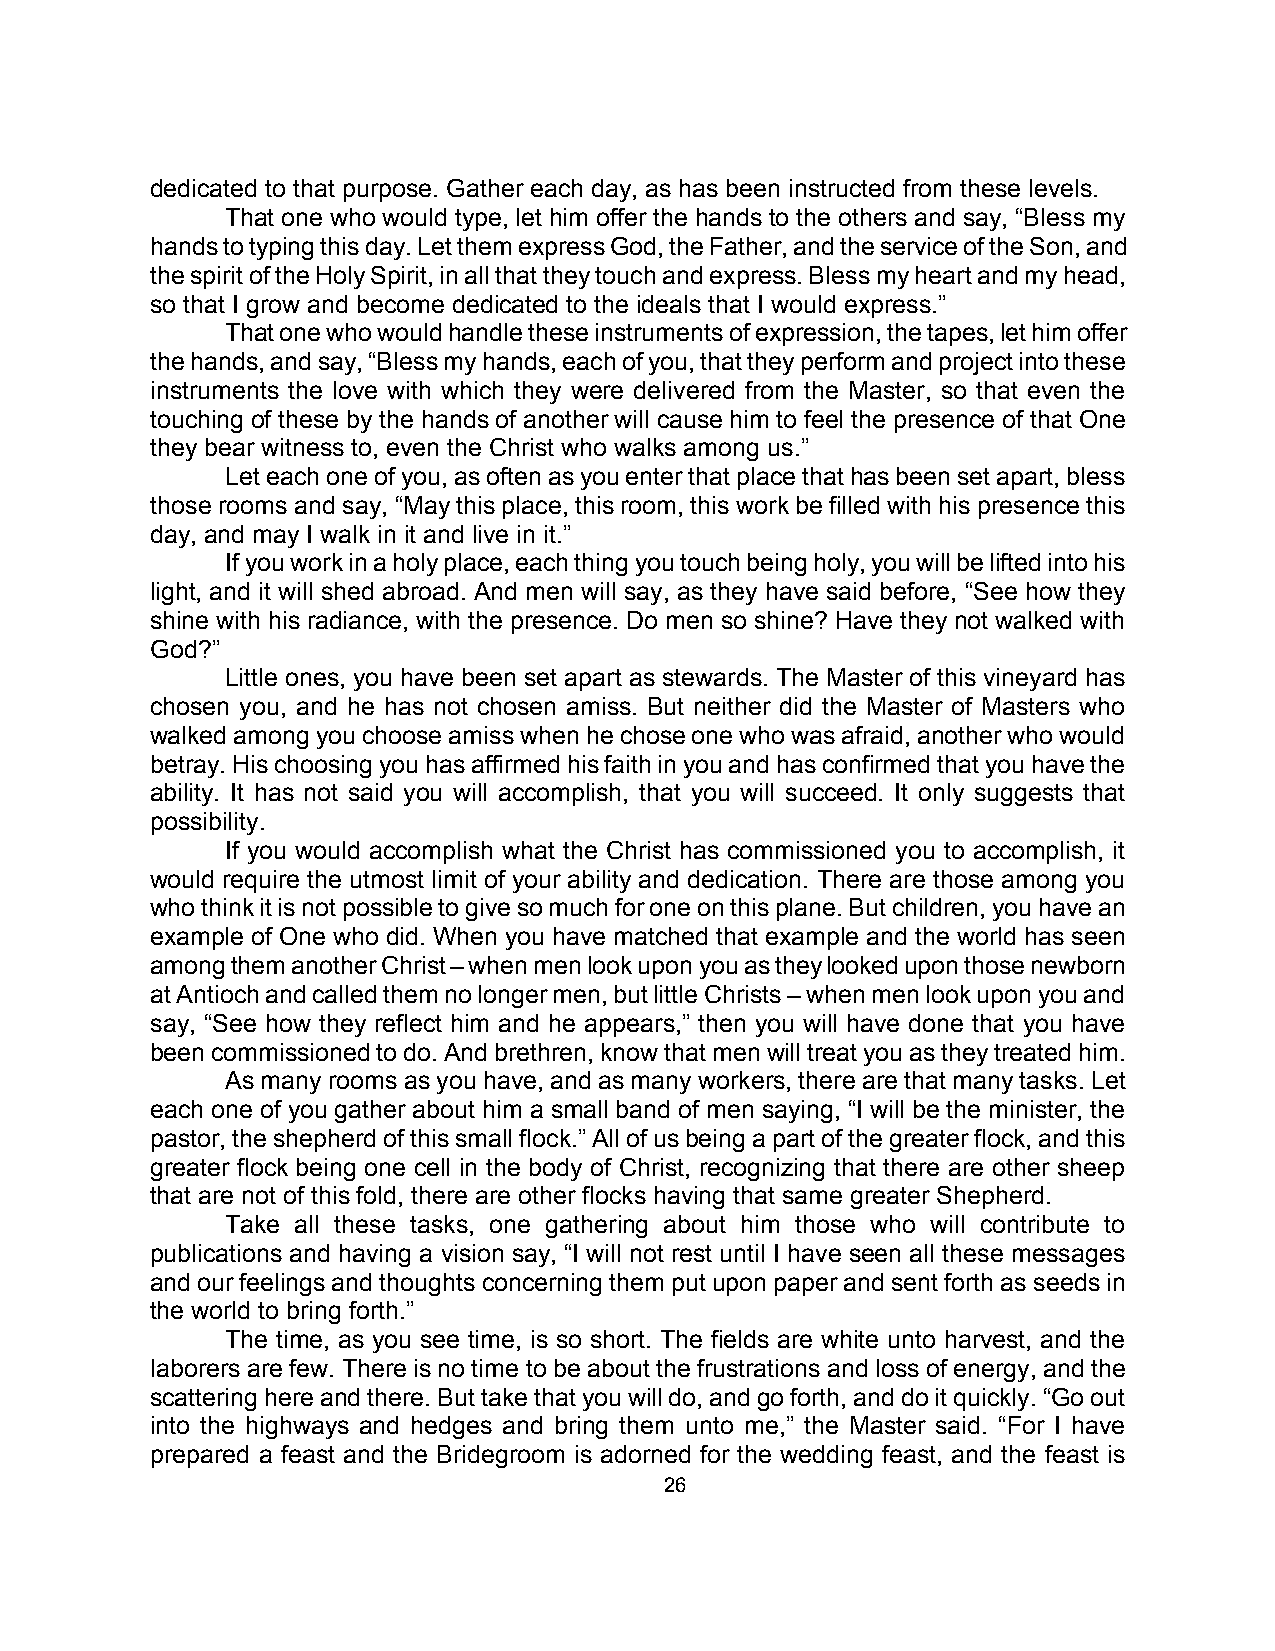
dedicated to that purpose. Gather each day, as has been instructed from these levels.
 That one who would type, let him offer the hands to the others and say, “Bless my
 hands to typing this day. Let them express God, the Father, and the service of the Son, and
 the spirit of the Holy Spirit, in all that they touch and express. Bless my heart and my head,
 so that I grow and become dedicated to the ideals that I would express.”
 That one who would handle these instruments of expression, the tapes, let him offer
 the hands, and say, “Bless my hands, each of you, that they perform and project into these
 instruments the love with which they were delivered from the Master, so that even the
 touching of these by the hands of another will cause him to feel the presence of that One
 they bear witness to, even the Christ who walks among us.”
 Let each one of you, as often as you enter that place that has been set apart, bless
 those rooms and say, “May this place, this room, this work be filled with his presence this
 day, and may I walk in it and live in it.”
 If you work in a holy place, each thing you touch being holy, you will be lifted into his
 light, and it will shed abroad. And men will say, as they have said before, “See how they
 shine with his radiance, with the presence. Do men so shine? Have they not walked with
 God?”
 Little ones, you have been set apart as stewards. The Master of this vineyard has
 chosen you, and he has not chosen amiss. But neither did the Master of Masters who
 walked among you choose amiss when he chose one who was afraid, another who would
 betray. His choosing you has affirmed his faith in you and has confirmed that you have the
 ability. It has not said you will accomplish, that you will succeed. It only suggests that
 possibility.
 If you would accomplish what the Christ has commissioned you to accomplish, it
 would require the utmost limit of your ability and dedication. There are those among you
 who think it is not possible to give so much for one on this plane. But children, you have an
 example of One who did. When you have matched that example and the world has seen
 among them another Christ – when men look upon you as they looked upon those newborn
 at Antioch and called them no longer men, but little Christs – when men look upon you and
 say, “See how they reflect him and he appears,” then you will have done that you have
 been commissioned to do. And brethren, know that men will treat you as they treated him.
 As many rooms as you have, and as many workers, there are that many tasks. Let
 each one of you gather about him a small band of men saying, “I will be the minister, the
 pastor, the shepherd of this small flock.” All of us being a part of the greater flock, and this
 greater flock being one cell in the body of Christ, recognizing that there are other sheep
 that are not of this fold, there are other flocks having that same greater Shepherd.
 Take all these tasks, one gathering about him those who will contribute to
 publications and having a vision say, “I will not rest until I have seen all these messages
 and our feelings and thoughts concerning them put upon paper and sent forth as seeds in
 the world to bring forth.”
 The time, as you see time, is so short. The fields are white unto harvest, and the
 laborers are few. There is no time to be about the frustrations and loss of energy, and the
 scattering here and there. But take that you will do, and go forth, and do it quickly. “Go out
 into the highways and hedges and bring them unto me,” the Master said. “For I have
 prepared a feast and the Bridegroom is adorned for the wedding feast, and the feast is
 26